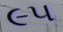
૯૫